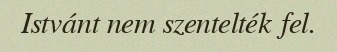
Istvánt nem szentelték fel.